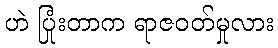
ဟဲ ပြုံးတာက ရာဇဝတ်မှုလား